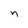
Character: n